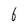
Character: 6